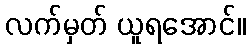
လက်မှတ် ယူရအောင်။